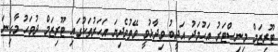
ޓޫރިޒަމް މިނިސްޓަރު އަހުމަދު އަދީބު ވިދާޅުވީ ވޭތުވެދިޔަ އަހަރުތަކުގައި ޓޫރިޒަމް ދުވަހު މާގިނަ